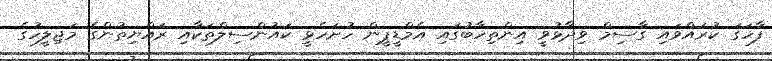
ފާހަގަ ކުރައްވައި ގާސިމް ވިދާޅުވީ އިންތިހާބުގައި އެމްޑީޕީން ހުށަހެޅީ ކައުންސިލްތަކާއި ރައްޔިތުންގެ މަޖިލީހުގެ